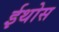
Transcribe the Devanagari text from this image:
ईथोस